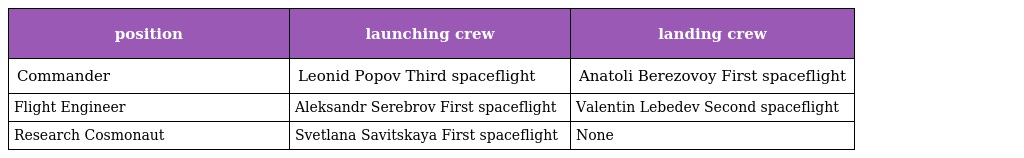
| position | launching crew | landing crew |
 | --- | --- | --- |
 | Commander | Leonid Popov Third spaceflight | Anatoli Berezovoy First spaceflight |
 | Flight Engineer | Aleksandr Serebrov First spaceflight | Valentin Lebedev Second spaceflight |
 | Research Cosmonaut | Svetlana Savitskaya First spaceflight | None |